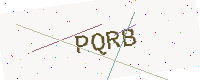
Text: PQRB